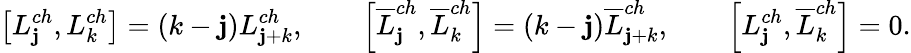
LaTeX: \left[L_{\mathbf{j}}^{ch},L_{k}^{ch}\right]=(k-\mathbf{j})L_{\mathbf{j}+k}^{ch},\qquad\left[\overline{{{L}}}_{\mathbf{j}}^{ch},\overline{{{L}}}_{k}^{ch}\right]=(k-\mathbf{j})\overline{{{L}}}_{\mathbf{j}+k}^{ch},\qquad\left[L_{\mathbf{j}}^{ch},\overline{{{L}}}_{k}^{ch}\right]=0.